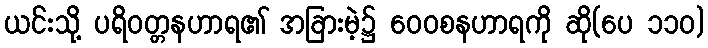
ယင်းသို့ ပရိဝတ္တနဟာရ၏ အခြားမဲ့၌ ဝေဝစနဟာရကို ဆို(ပေ ၁၁၀)